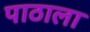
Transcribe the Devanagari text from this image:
पाठाला